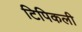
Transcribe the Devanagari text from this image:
टिपिकली